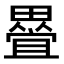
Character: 𭻰